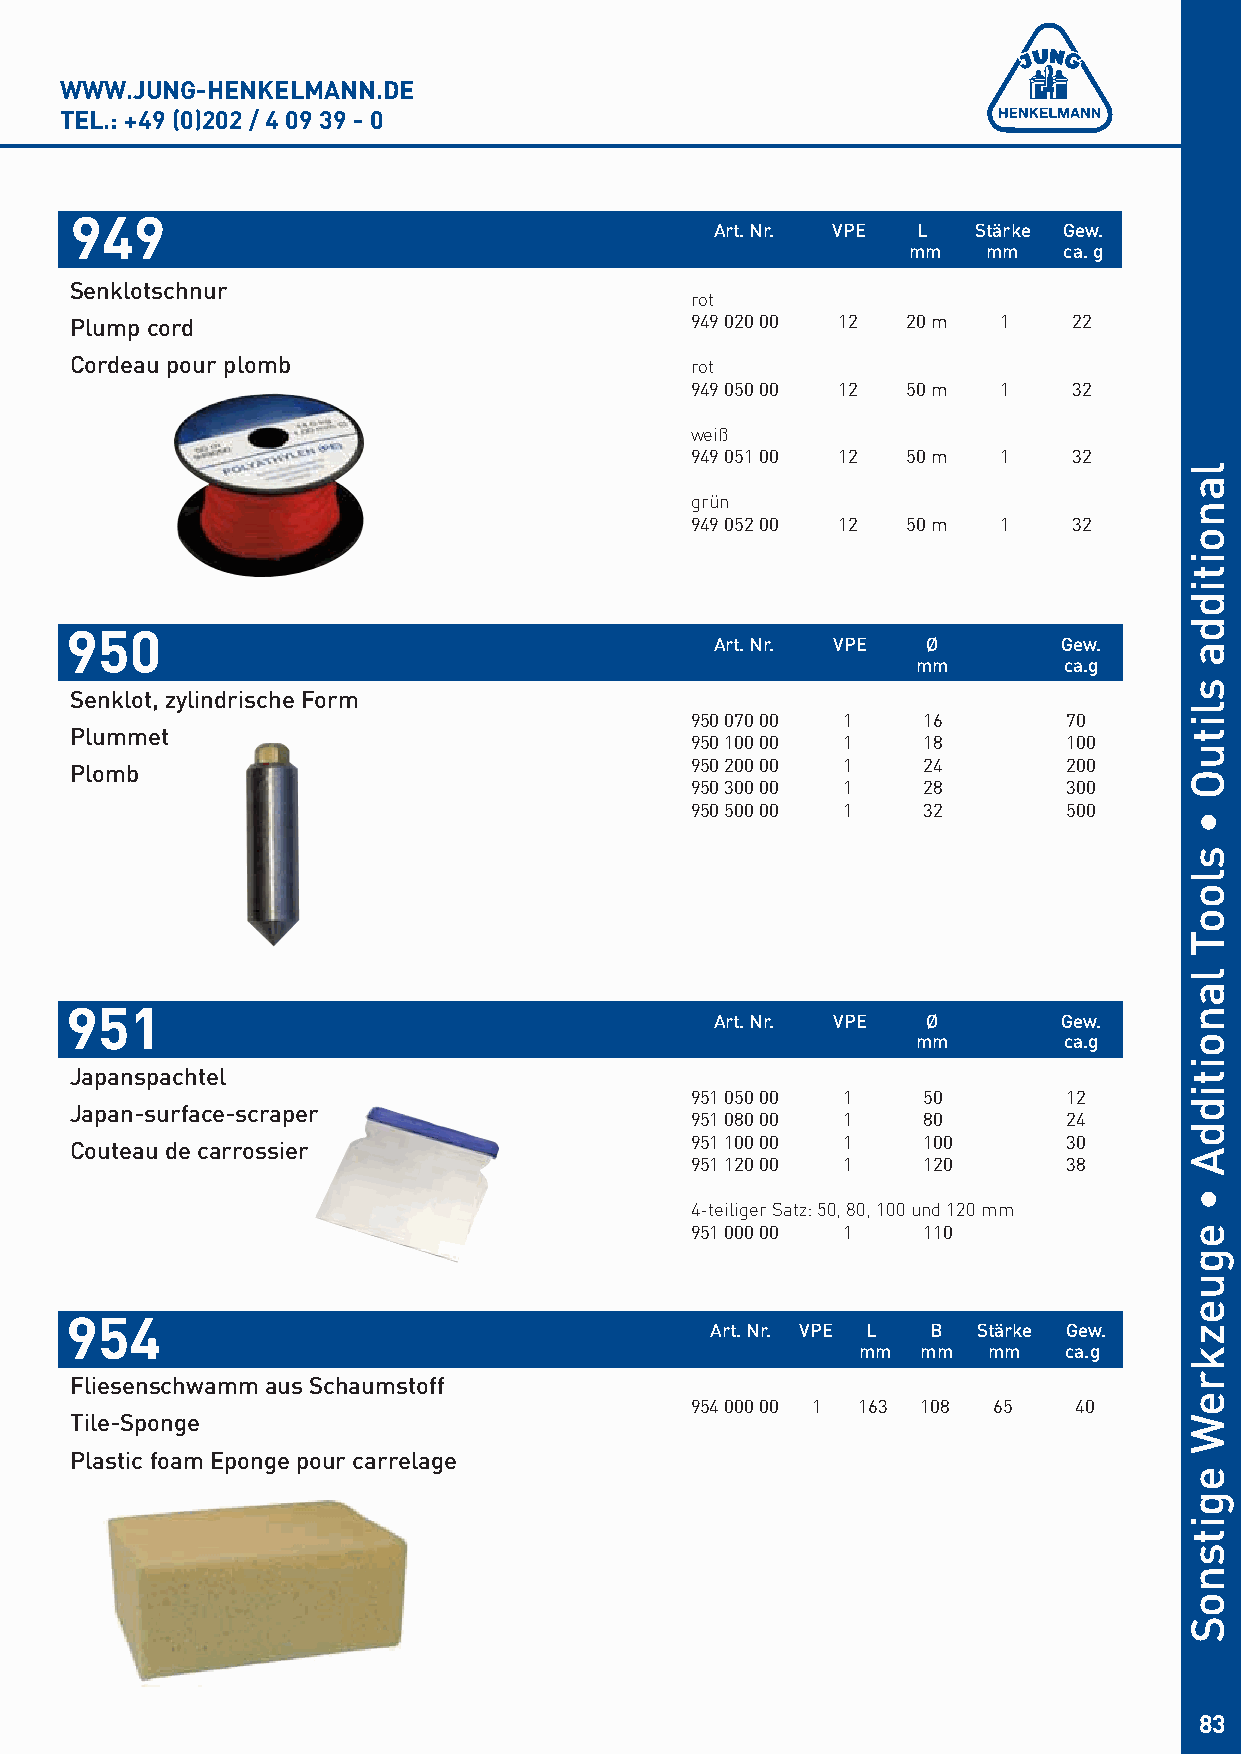
WWW.JUNG-HENKELMANN.DE
 TEL.: +49 (0)202 / 4 09 39 - 0
 949
 Art. Nr. VPE  L   Stärke Gew.
 mm   mm   ca. g
 Senklotschnur
 rot
 Plump cord                               949 020 00 12 20 m  1    22
 Cordeau pour plomb                       rot
 949 050 00 12 50 m  1    32
 weiß
 949 051 00 12 50 m  1    32
 grün
 949 052 00 12 50 m  1    32
 950
 Art. Nr. VPE  Ø        Gew.
 mm       ca.g
 Senklot, zylindrische Form
 950 070 00 1   16        70
 Plummet
 950 100 00 1   18        100
 950 200 00 1   24        200
 Plomb
 950 300 00 1   28        300
 950 500 00 1   32        500
 951
 Art. Nr. VPE  Ø        Gew.
 mm       ca.g
 Japanspachtel
 951 050 00 1   50        12
 Japan-surface-scraper
 951 080 00 1   80        24
 951 100 00 1   100       30
 Couteau de carrossier
 951 120 00 1   120       38
 4-teiliger Satz: 50, 80, 100 und 120 mm
 951 000 00 1   110
 954
 Art. Nr. VPE L B  Stärke Gew.
 mm  mm  mm   ca.g
 Fliesenschwamm aus Schaumstoff
 954 000 00 1 163 108 65  40
 Tile-Sponge
 Plastic foam Eponge pour carrelage
 83
 lanoitidda
 slituO
 •
 slooT
 lanoitiddA
 •
 eguezkreW
 egitsnoS